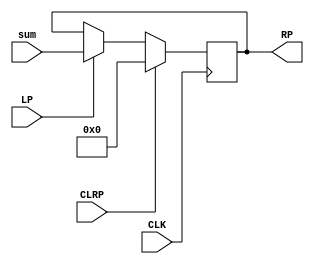
module RegisterP(RP, sum, LP, CLRP, CLK);
	output reg [15:0] RP;
	input [15:0] sum;
	input LP;
	input CLK;
	input CLRP;
	
	always @(posedge CLK)
		begin
			if(CLRP == 1)
				RP <= 0;
			else if(LP == 1)
				RP <= sum;
			
		end
endmodule